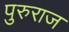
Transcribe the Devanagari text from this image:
पुरुराज